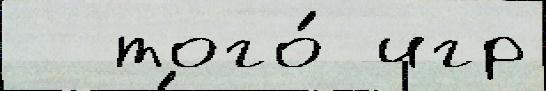
  того́ игр